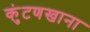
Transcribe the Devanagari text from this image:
कुंटणखाना